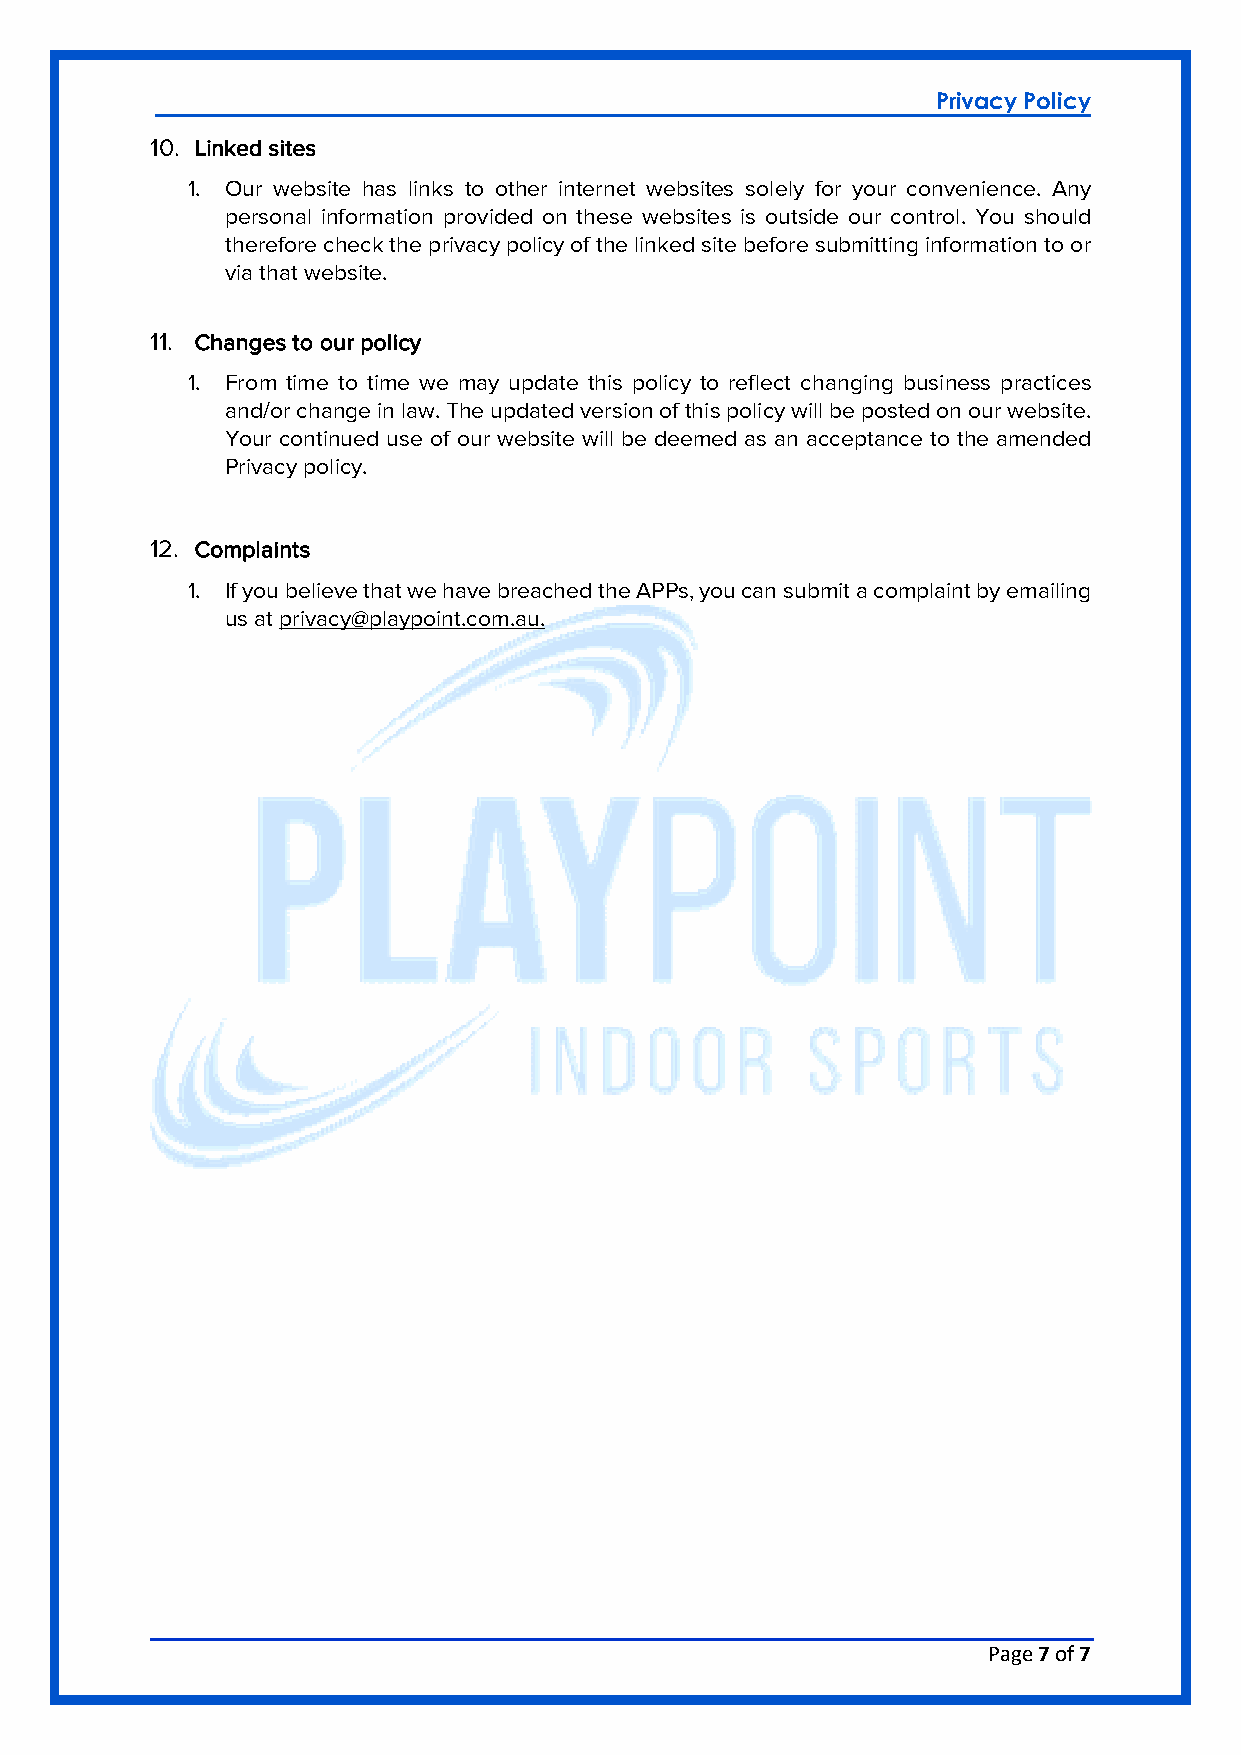
Privacy Policy
 10. Linked sites
 1. Our website has links to other internet websites solely for your convenience. Any
 personal information provided on these websites is outside our control. You should
 therefore check the privacy policy of the linked site before submitting information to or
 via that website.
 11. Changes to our policy
 1. From time to time we may update this policy to reflect changing business practices
 and/or change in law. The updated version of this policy will be posted on our website.
 Your continued use of our website will be deemed as an acceptance to the amended
 Privacy policy.
 12. Complaints
 1. If you believe that we have breached the APPs, you can submit a complaint by emailing
 us at privacy@playpoint.com.au.
 Page 7 of 7